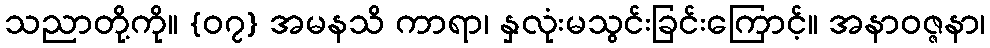
သညာတို့ကို။ {၀၇} အမနသိ ကာရာ၊ နှလုံးမသွင်းခြင်းကြောင့်။ အနာဝဇ္ဇနာ၊